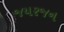
જયરજન